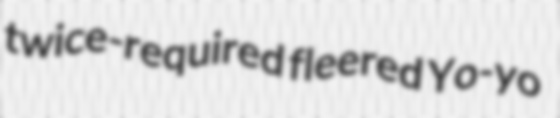
twice-required fleered Yo-yo